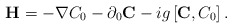
\begin{align*}{\bf H} = -\nabla C_{0} - \partial_{0} {\bf C} - ig \left[ {\bf C}, C_{0}\right].\end{align*}